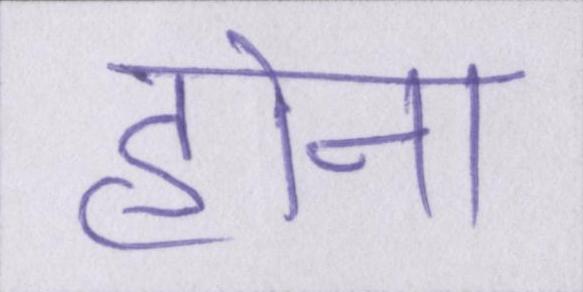
होना